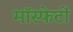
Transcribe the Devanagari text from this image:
मॉस्फेटों